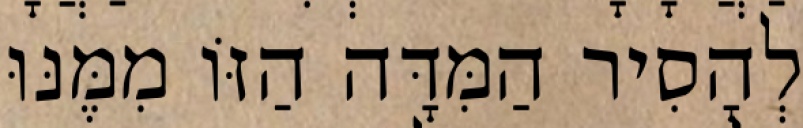
לְהָסִיר הַמִּדָּה הַזּוֹ מִמֶּנּוּ